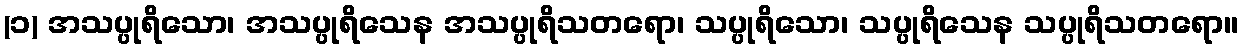
(၁) အသပ္ပုရိသော၊ အသပ္ပုရိသေန အသပ္ပုရိသတရော၊ သပ္ပုရိသော၊ သပ္ပုရိသေန သပ္ပုရိသတရော။